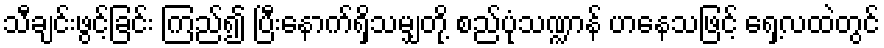
သီချင်းဖွင့်ခြင်း ကြည်၍ ပြီးနောက်ရှိသမျှတို့ စည်ပုံသဏ္ဍာန် ဟနေသဖြင့် ရှေ့လထဲတွင်